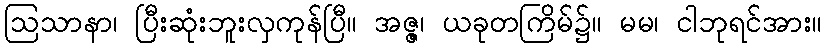
ဩသာနာ၊ ပြီးဆုံးဘူးလှကုန်ပြီ။ အဇ္ဇ၊ ယခုတကြိမ်၌။ မမ၊ ငါဘုရင်အား။